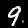
Digit: 9